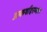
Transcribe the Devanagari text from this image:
उत्कर्षादरम्यान